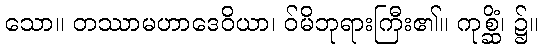
သော။ တဿာမဟာဒေဝိယာ၊ ဝ်မိဘုရားကြီး၏။ ကုစ္ဆိံ၊ ၌။